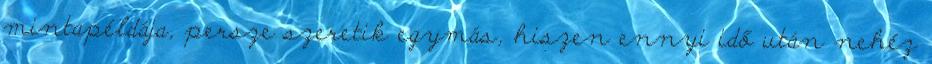
mintapéldája, persze szeretik egymás, hiszen ennyi idő után nehéz